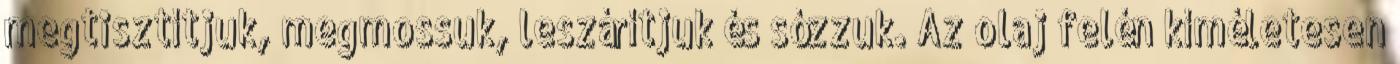
megtisztítjuk, megmossuk, leszárítjuk és sózzuk. Az olaj felén kíméletesen